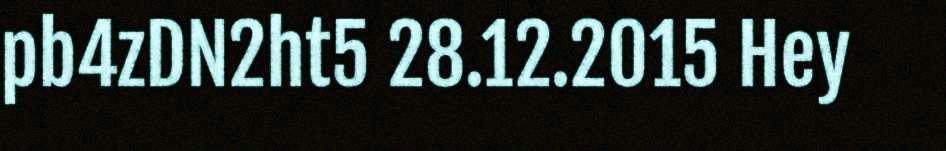
pb4zDN2ht5 28.12.2015 Hey